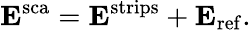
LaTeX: \mathbf{E}^{\mathrm{sca}}=\mathbf{E}^{\mathrm{strips}}+\mathbf{E}_{\mathrm{ref}}.